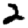
Digit: 2